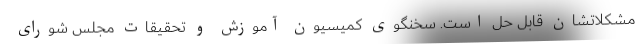
مشکلاتشان قابل حل است. سخنگوی کمیسیون آموزش و تحقیقات مجلس شورای